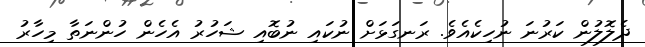
ދެލޮލުން ކަރުނަ ނުހިކެއެވެ. ރަނގަޅަށް ނުކައި ނުބޮއި ޝަހުރު އެހެން ހުންނަތާ މިހާރު